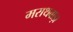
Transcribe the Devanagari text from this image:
मराथवाड़ा